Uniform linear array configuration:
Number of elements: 4
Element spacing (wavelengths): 1
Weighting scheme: exponential
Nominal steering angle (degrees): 45
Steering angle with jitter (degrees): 44.833
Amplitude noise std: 0.05
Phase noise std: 0.05

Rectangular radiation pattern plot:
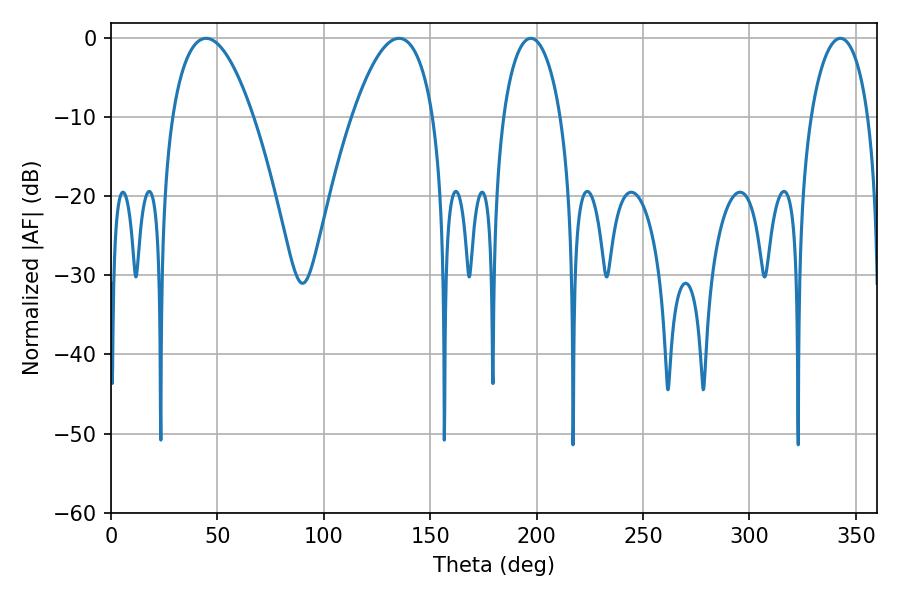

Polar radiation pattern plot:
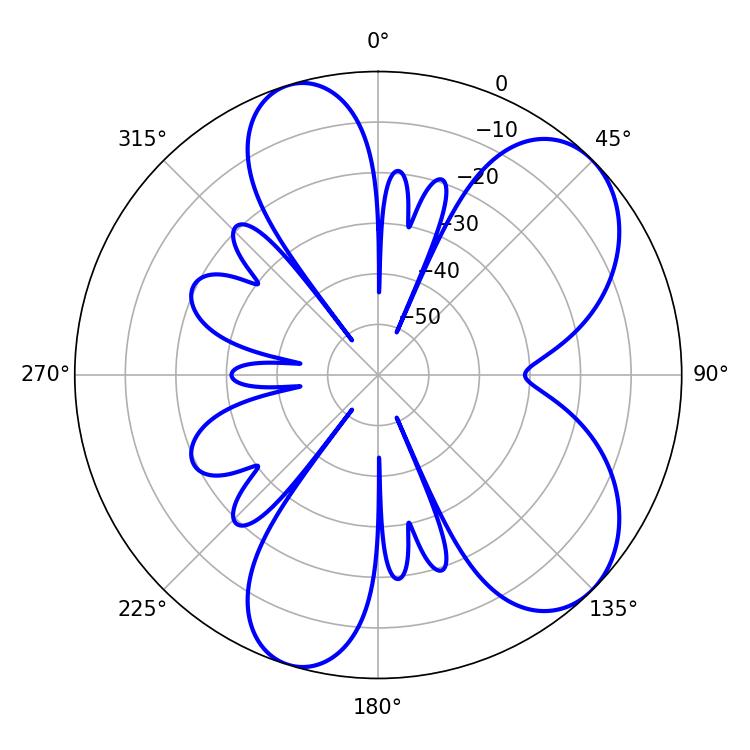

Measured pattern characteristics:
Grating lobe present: TRUE
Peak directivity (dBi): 7.094
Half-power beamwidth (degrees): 15.48
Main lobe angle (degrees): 197.28